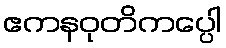
ဧကနဝုတိကပ္ပေါ